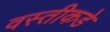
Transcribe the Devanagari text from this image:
वस्तीकडे